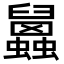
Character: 𧕧